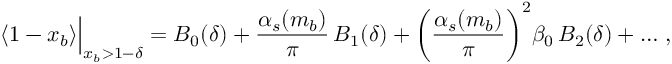
\langle 1 - x _ { b } \rangle \Big | _ { x _ { b } > 1 - \delta } = B _ { 0 } ( \delta ) + \frac { \alpha _ { s } ( m _ { b } ) } { \pi } \, B _ { 1 } ( \delta ) + \bigg ( \frac { \alpha _ { s } ( m _ { b } ) } { \pi } \bigg ) ^ { 2 } \beta _ { 0 } \, B _ { 2 } ( \delta ) + \ldots \, ,